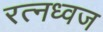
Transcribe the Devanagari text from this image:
रत्नध्वज